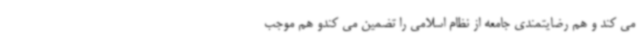
می کند و هم رضایتمندی جامعه از نظام اسلامی را تضمین می کندو هم موجب